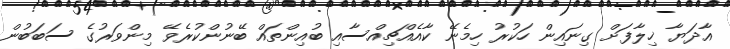
އާދަޔާ ޚިލާފަށް ގިނައިން ހަކުރު ހިމެނޭ ކާއެއްޗިއްސާއި ބުއިންތައް ބޭނުންކުރެވޭ މިންވަރުގެ ސަބަބުން